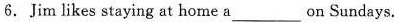
6.Jim likes staying at home a___on Sundays.